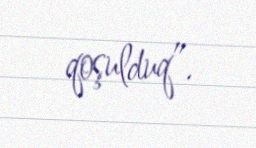
qoşulduq”.